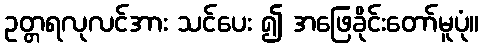
ဥတ္တရလုလင်အား သင်ပေး ၍ အဖြေခိုင်းတော်မူပုံ။